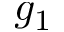
g _ { 1 }